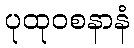
ပုထုဝစနာနံ